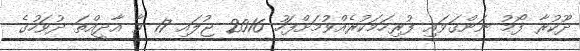
ދޫކުރާ ފޯމު ނަންގަވައި ފުރިހަމަކުރެއްވުމަށްފަހު 2016 ޖުލައި 17 ވާ އާދީއްތަ ދުވަހުގެ